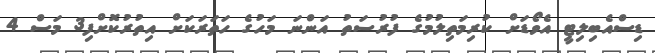
ޑިސްއެބިލިޓީ އެވޯޑަށް ކުރިމަތިލުމުގެ ފުރުސަތު އަންނަ މަހުގެ ހަތަރަކަށް އިތުރުކޮށްފި3 މަސް 4